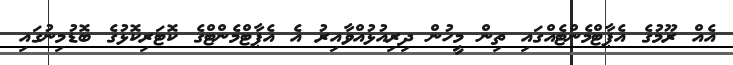
އެއް ރޫމުގެ އެޕާޓްމެންޓެއްގައި ތިން މީހުން ދިރިއުޅުއްވާއިރު އެ އެޕާޓްމެންޓްގެ ކޮޓަރިކޮޅުގެ ބޮޑުމިނުގައި